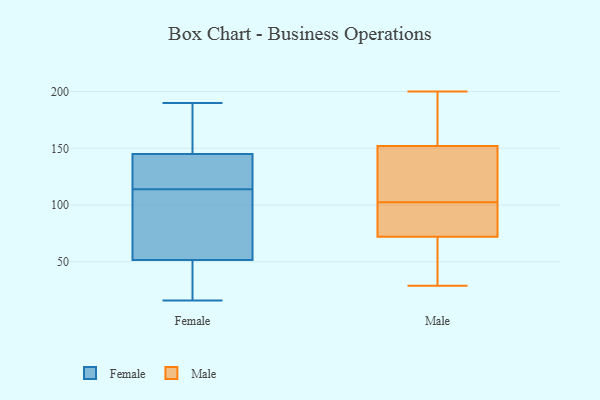
{"axis": {"x": "Conversion Rate (%)", "y": "Value"}, "legend": ["Female", "Male"], "data": [{"x": "", "y": 57, "type": "Female"}, {"x": "", "y": 95, "type": "Female"}, {"x": "", "y": 190, "type": "Female"}, {"x": "", "y": 25, "type": "Female"}, {"x": "", "y": 142, "type": "Female"}, {"x": "", "y": 144, "type": "Female"}, {"x": "", "y": 122, "type": "Female"}, {"x": "", "y": 16, "type": "Female"}, {"x": "", "y": 35, "type": "Female"}, {"x": "", "y": 92, "type": "Female"}, {"x": "", "y": 114, "type": "Female"}, {"x": "", "y": 148, "type": "Female"}, {"x": "", "y": 172, "type": "Female"}, {"x": "", "y": 72, "type": "Male"}, {"x": "", "y": 152, "type": "Male"}, {"x": "", "y": 103, "type": "Male"}, {"x": "", "y": 166, "type": "Male"}, {"x": "", "y": 92, "type": "Male"}, {"x": "", "y": 39, "type": "Male"}, {"x": "", "y": 74, "type": "Male"}, {"x": "", "y": 52, "type": "Male"}, {"x": "", "y": 132, "type": "Male"}, {"x": "", "y": 132, "type": "Male"}, {"x": "", "y": 200, "type": "Male"}, {"x": "", "y": 29, "type": "Male"}, {"x": "", "y": 102, "type": "Male"}, {"x": "", "y": 168, "type": "Male"}]}